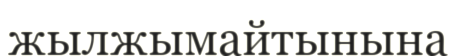
жылжымайтынына